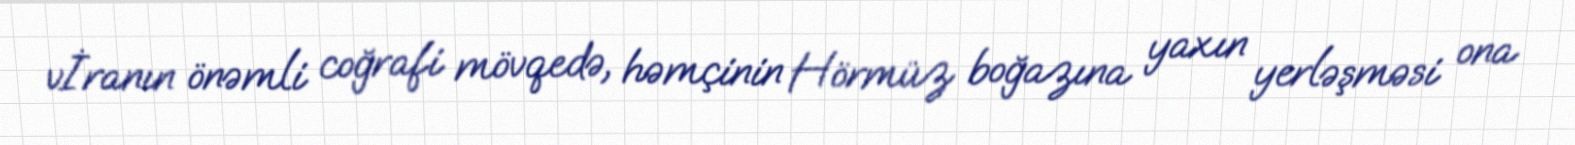
vİranın önəmli coğrafi mövqedə, həmçinin Hörmüz boğazına yaxın yerləşməsi ona